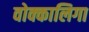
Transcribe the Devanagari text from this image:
वोक्कालिगा